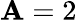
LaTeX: \mathbf{A}=2